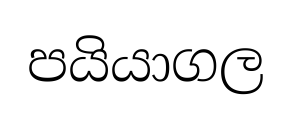
පයියාගල